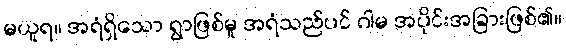
မယူရ။ အရံရှိသော ရွာဖြစ်မူ အရံသည်ပင် ဂါမ အပိုင်းအခြားဖြစ်၏။